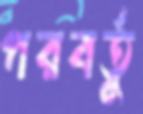
পরবর্তু